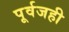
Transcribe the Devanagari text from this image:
पूर्वजही